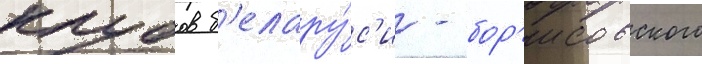
клубов б'елару́с'и - бор'исовского